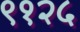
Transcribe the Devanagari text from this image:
९१२५